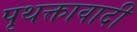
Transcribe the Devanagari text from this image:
पृथक्तावादी